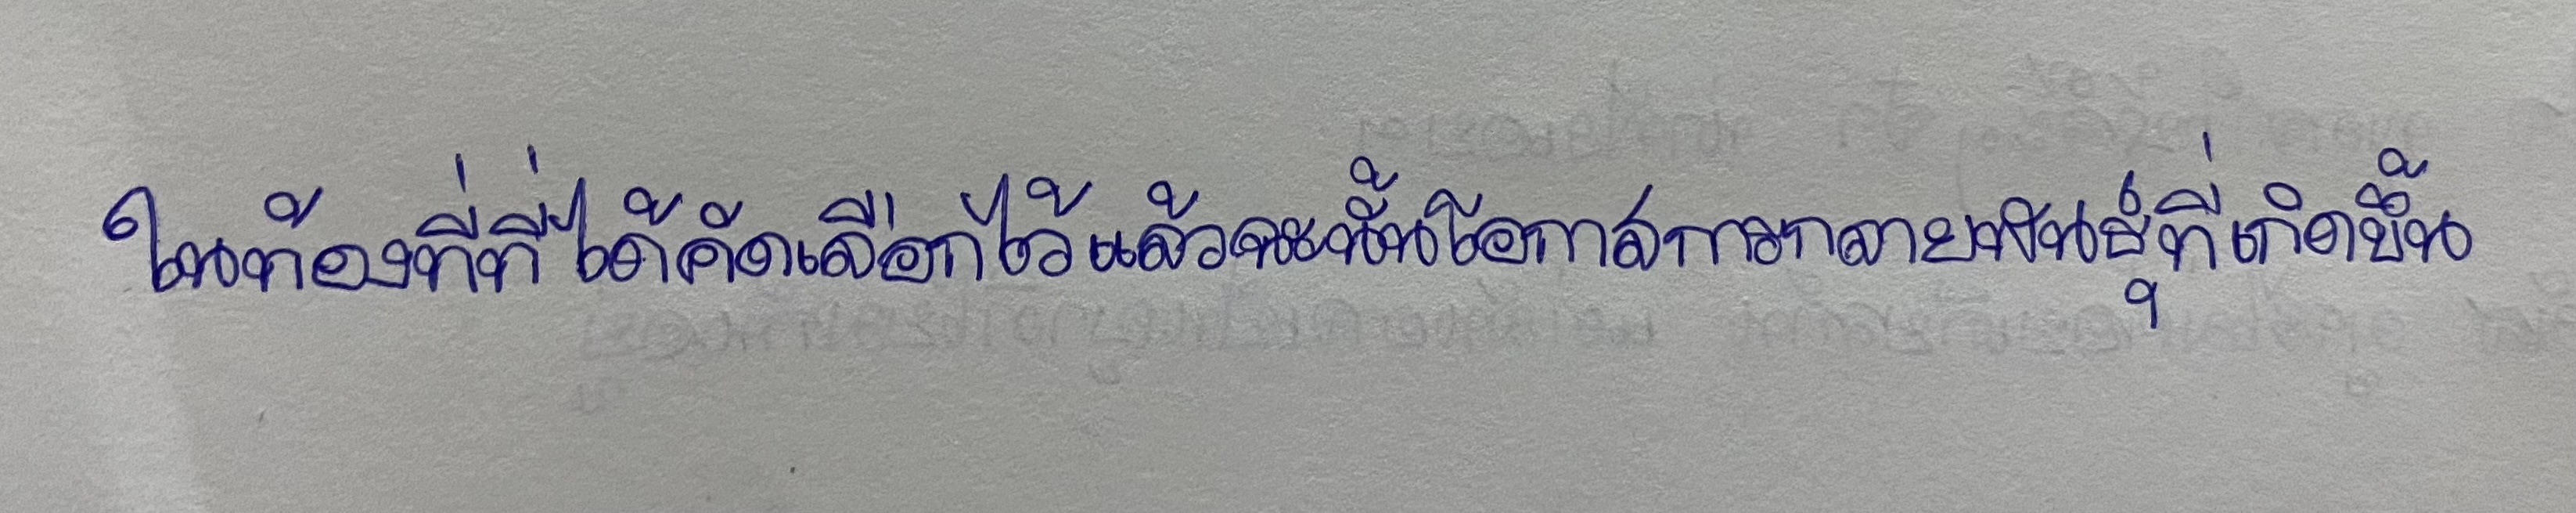
ในท้องที่ที่ได้คัดเลือกไว้แล้วฉะนั้นโอกาสการกลายพันธุ์ที่เกิดขึ้น